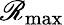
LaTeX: \mathscr{R}_{\mathrm{{max}}}